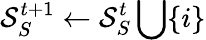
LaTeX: \mathcal{S}_{S}^{t+1}\leftarrow\mathcal{S}_{S}^{t}\bigcup\{ i\}